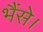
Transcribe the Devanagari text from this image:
भैंसे।